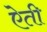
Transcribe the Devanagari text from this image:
ऐती